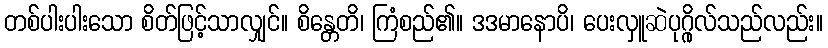
တစ်ပါးပါးသော စိတ်ဖြင့်သာလျှင်။ စိန္တေတိ၊ ကြံစည်၏။ ဒဒမာနောပိ၊ ပေးလှူဆဲပုဂ္ဂိုလ်သည်လည်း။